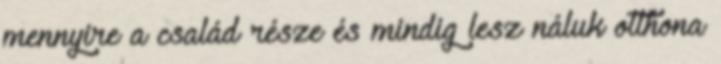
mennyire a család része és mindig lesz náluk otthona